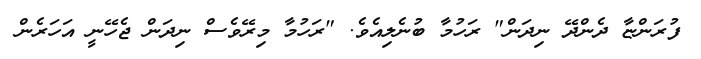
ފުރަންޏާ ދެންދޭ ނިދަން" ރަހުމާ ބުނެލިއެވެ. "ރަހުމާ މިރޭވެސް ނިދަން ޖެހޭނީ އަހަރެން